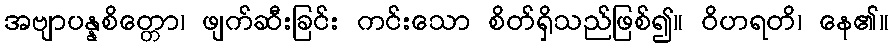
အဗျာပန္နစိတ္တော၊ ဖျက်ဆီးခြင်း ကင်းသော စိတ်ရှိသည်ဖြစ်၍။ ဝိဟရတိ၊ နေ၏။